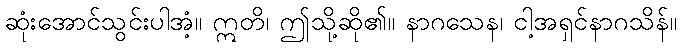
ဆုံးအောင်သွင်းပါအံ့။ ဣတိ၊ ဤသို့ဆို၏။ နာဂသေန၊ ငါ့အရှင်နာဂသိန်။